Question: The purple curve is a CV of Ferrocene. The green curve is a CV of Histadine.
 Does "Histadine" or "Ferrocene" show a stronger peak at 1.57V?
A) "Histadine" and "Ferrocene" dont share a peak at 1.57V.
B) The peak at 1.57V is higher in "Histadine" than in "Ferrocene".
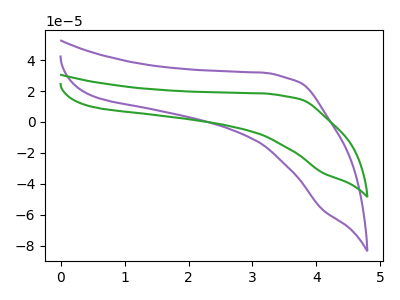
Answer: <think>The purple curve "Ferrocene" has no peaks. The green curve "Histadine" has no peaks.</think>
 <answer>A) "Histadine" and "Ferrocene" dont share a peak at 1.57V.</answer>
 <eval>A</eval>